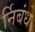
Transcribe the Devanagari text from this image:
र्निबंध